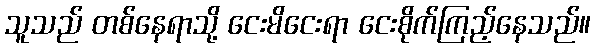
သူသည် တစ်နေရာသို့ ငေးမိငေးရာ ငေးစိုက်ကြည့်နေသည်။